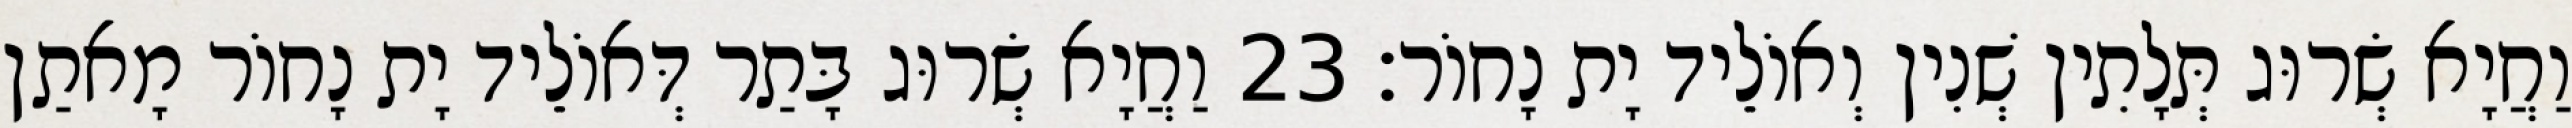
וַחֲיָא שְׂרוּג תְּלָתִין שְׁנִין וְאוֹלֵיד יָת נָחוֹר׃ 23 וַחֲיָא שְׂרוּג בָּתַר דְּאוֹלֵיד יָת נָחוֹר מָאתַן